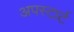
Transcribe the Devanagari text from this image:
अपस्टार्ट